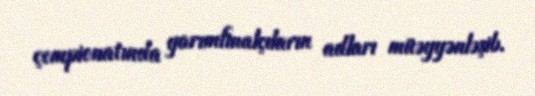
çempionatında yarımfinalçıların adları müəyyənləşib.